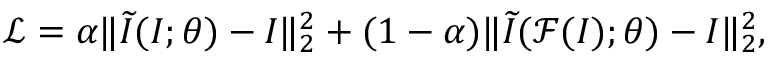
\mathcal { L } = \alpha \| \widetilde { I } ( I ; \theta ) - I \| _ { 2 } ^ { 2 } + ( 1 - \alpha ) \| \widetilde { I } ( \mathcal { F } ( I ) ; \theta ) - I \| _ { 2 } ^ { 2 } ,